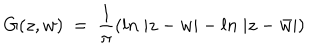
G ( z , w ) ~ = ~ { \frac { 1 } { \pi } } ( l n ~ | z - w | - l n ~ | z - \bar { w } | )